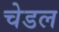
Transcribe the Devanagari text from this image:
चेडल